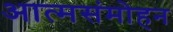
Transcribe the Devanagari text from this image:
आत्मसंमोहन